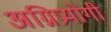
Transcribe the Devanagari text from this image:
अग्निप्रयोगी